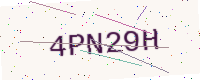
Text: 4PN29H